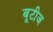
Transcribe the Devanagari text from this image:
बूटीज